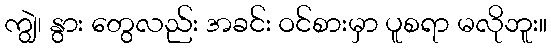
ကျွဲ၊ နွား တွေလည်း အခင်း ဝင်စားမှာ ပူစရာ မလိုဘူး။